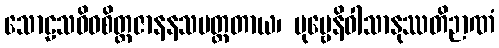
သောဠသဝိဓစိတ္တဇာနနသမတ္ထတာယ၊ ပုဗ္ဗေနိဝါသာနုဿတိဉာဏံ